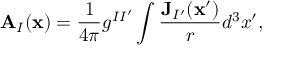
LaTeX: \mathbf { A } _ { I } ( \mathbf { x } ) = \frac { 1 } { 4 \pi } g ^ { I I ^ { \prime } } \int \frac { \mathbf { J } _ { I ^ { \prime } } ( \mathbf { x } ^ { \prime } ) } { r } d ^ { 3 } x ^ { \prime } ,